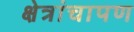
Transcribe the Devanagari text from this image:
क्षेत्रांचापण